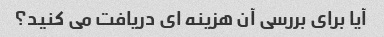
آیا برای بررسی آن هزینه ای دریافت می کنید؟